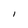
Character: I